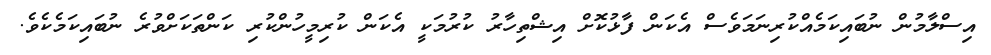
އިސްލާމުން ނުބައިކަމެއްކުރިނަމަވެސް އެކަން ފާޅުކޮށް އިޝްތިހާރު ކުރުމަކީ އެކަން ކުރިމީހުންކުރި ކަންތަކަށްވުރެ ނުބައިކަމެކެވެ.